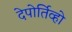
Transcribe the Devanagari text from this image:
देपोर्तिव्हो